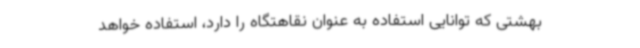
بهشتی که توانایی استفاده به عنوان نقاهتگاه را دارد، استفاده خواهد